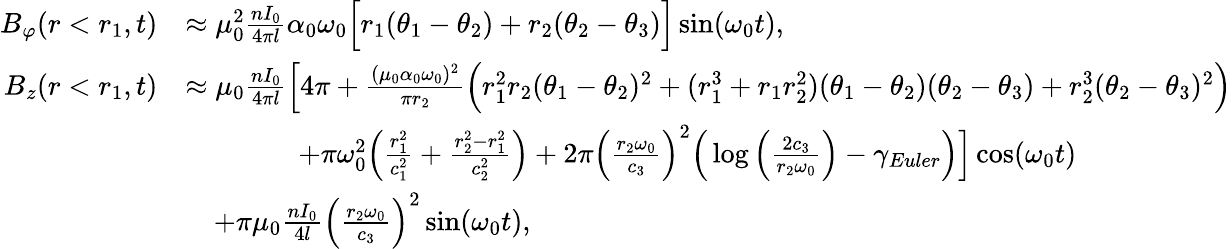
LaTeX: \begin{array}{rl}{B_{\varphi}(r<r_{1},t)}&{\approx\mu_{0}^{2}\frac{nI_{0}}{4\pi l}\alpha_{0}\omega_{0}\Big[r_{1}(\theta_{1}-\theta_{2})+r_{2}(\theta_{2}-\theta_{3})\Big]\sin(\omega_{0}t),}\\ {B_{z}(r<r_{1},t)}&{\approx\mu_{0}\frac{nI_{0}}{4\pi l}\Big[4\pi+\frac{(\mu_{0}\alpha_{0}\omega_{0})^{2}}{\pi r_{2}}\Big(r_{1}^{2}r_{2}(\theta_{1}-\theta_{2})^{2}+(r_{1}^{3}+r_{1}r_{2}^{2})(\theta_{1}-\theta_{2})(\theta_{2}-\theta_{3})+r_{2}^{3}(\theta_{2}-\theta_{3})^{2}\Big)}\\ &{\qquad\qquad+\pi\omega_{0}^{2}\Big(\frac{r_{1}^{2}}{c_{1}^{2}}+\frac{r_{2}^{2}-r_{1}^{2}}{c_{2}^{2}}\Big)+2\pi\Big(\frac{r_{2}\omega_{0}}{c_{3}}\Big)^{2}\Big(\log\Big(\frac{2c_{3}}{r_{2}\omega_{0}}\Big)-\gamma_{Euler}\Big)\Big]\cos(\omega_{0}t)}\\ &{\quad+\pi\mu_{0}\frac{nI_{0}}{4l}\Big(\frac{r_{2}\omega_{0}}{c_{3}}\Big)^{2}\sin(\omega_{0}t),}\end{array}